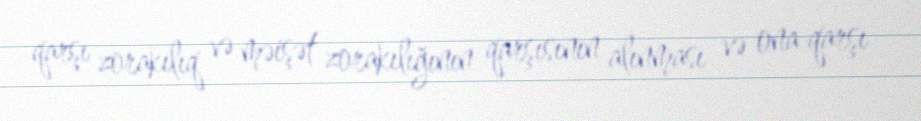
qarşı zorakılıq və məişət zorakılığının qarşısının alınması və ona qarşı